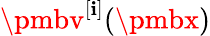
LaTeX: {\pmbv}^{[\mathbf{i}]}({\pmbx})